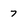
Character: 7